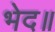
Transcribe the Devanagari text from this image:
भेद॥